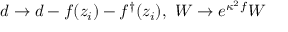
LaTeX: d \rightarrow d - f ( z _ { i } ) - f ^ { \dagger } ( z _ { i } ) , ~ W \rightarrow e ^ { \kappa ^ { 2 } f } W